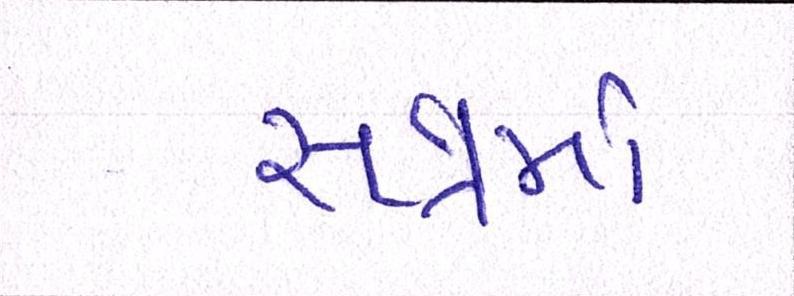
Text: સત્રમાં